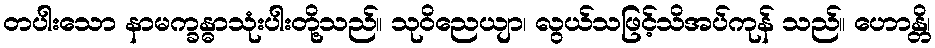
တပါးသော နာမက္ခန္ဓာသုံးပါးတို့သည်။ သုဝိညေယျာ၊ လွယ်သဖြင့်သိအပ်ကုန် သည်။ ဟောန္တိ၊